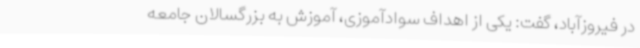
در فیروزآباد، گفت: یکی از اهداف سوادآموزی، آموزش به بزرگسالان جامعه